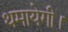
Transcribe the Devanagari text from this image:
थमायेगी।